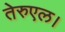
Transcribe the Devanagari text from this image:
तेरुएल।